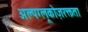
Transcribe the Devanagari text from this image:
अल्पग्लूकोज़रक्तता